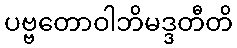
ပဗ္ဗတောဝါဘိမဒ္ဒတီတိ